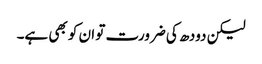
لیکن دودھ کی ضرورت تو ان کو بھی ہے۔